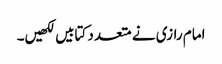
امام رازی نے متعدد کتابیں لکھیں۔